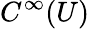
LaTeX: C^{\infty}(U)